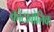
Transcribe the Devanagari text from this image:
कोटाबोलिक